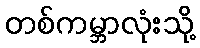
တစ်ကမ္ဘာလုံးသို့